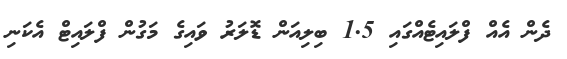
ދެން އެއް ފްލައިޓެއްގައި 1.5 ބިލިއަން ޑޮލަރު ވައިގެ މަގުން ފްލައިޓް އެކަނި